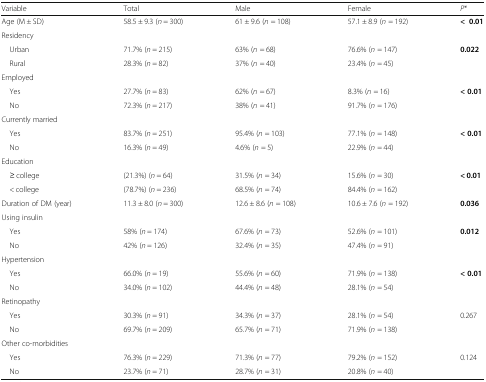
<table><thead><tr><td><b>Variable</b></td><td><b>Total</b></td><td><b>Male</b></td><td><b>Female</b></td><td><b><i>P</i>*</b></td></tr></thead><tbody><tr><td>Age (M ± SD)</td><td>58.5 ± 9.3 (<i>n</i> = 300)</td><td>61 ± 9.6 (<i>n</i> = 108)</td><td>57.1 ± 8.9 (<i>n</i> = 192)</td><td><b>&lt;0.01</b></td></tr><tr><td colspan="5">Residency</td></tr><tr><td> Urban</td><td>71.7% (<i>n</i> = 215)</td><td>63% (<i>n</i> = 68)</td><td>76.6% (<i>n</i> = 147)</td><td rowspan="2"><b>0.022</b></td></tr><tr><td> Rural</td><td>28.3% (<i>n</i> = 82)</td><td>37% (<i>n</i> = 40)</td><td>23.4% (<i>n</i> = 45)</td></tr><tr><td colspan="5">Employed</td></tr><tr><td> Yes</td><td>27.7% (<i>n</i> = 83)</td><td>62% (<i>n</i> = 67)</td><td>8.3% (<i>n</i> = 16)</td><td rowspan="2"><b>&lt; 0.01</b></td></tr><tr><td> No</td><td>72.3% (<i>n</i> = 217)</td><td>38% (<i>n</i> = 41)</td><td>91.7% (<i>n</i> = 176)</td></tr><tr><td colspan="5">Currently married</td></tr><tr><td> Yes</td><td>83.7% (<i>n</i> = 251)</td><td>95.4% (<i>n</i> = 103)</td><td>77.1% (<i>n</i> = 148)</td><td rowspan="2"><b>&lt; 0.01</b></td></tr><tr><td> No</td><td>16.3% (<i>n</i> = 49)</td><td>4.6% (<i>n</i> = 5)</td><td>22.9% (<i>n</i> = 44)</td></tr><tr><td colspan="5">Education</td></tr><tr><td> ≥ college</td><td>(21.3%) (<i>n</i> = 64)</td><td>31.5% (<i>n</i> = 34)</td><td>15.6% (<i>n</i> = 30)</td><td rowspan="2"><b>&lt; 0.01</b></td></tr><tr><td> &lt; college</td><td>(78.7%) (<i>n</i> = 236)</td><td>68.5% (<i>n</i> = 74)</td><td>84.4% (<i>n</i> = 162)</td></tr><tr><td>Duration of DM (year)</td><td>11.3 ± 8.0 (<i>n</i> = 300)</td><td>12.6 ± 8.6 (<i>n</i> = 108)</td><td>10.6 ± 7.6 (<i>n</i> = 192)</td><td><b>0.036</b></td></tr><tr><td colspan="5">Using insulin</td></tr><tr><td> Yes</td><td>58% (<i>n</i> = 174)</td><td>67.6% (<i>n</i> = 73)</td><td>52.6% (<i>n</i> = 101)</td><td rowspan="2"><b>0.012</b></td></tr><tr><td> No</td><td>42% (<i>n</i> = 126)</td><td>32.4% (<i>n</i> = 35)</td><td>47.4% (<i>n</i> = 91)</td></tr><tr><td colspan="5">Hypertension</td></tr><tr><td> Yes</td><td>66.0% (<i>n</i> = 19)</td><td>55.6% (<i>n</i> = 60)</td><td>71.9% (<i>n</i> = 138)</td><td rowspan="2"><b>&lt; 0.01</b></td></tr><tr><td> No</td><td>34.0% (<i>n</i> = 102)</td><td>44.4% (<i>n</i> = 48)</td><td>28.1% (<i>n</i> = 54)</td></tr><tr><td colspan="5">Retinopathy</td></tr><tr><td> Yes</td><td>30.3% (<i>n</i> = 91)</td><td>34.3% (<i>n</i> = 37)</td><td>28.1% (<i>n</i> = 54)</td><td rowspan="2">0.267</td></tr><tr><td> No</td><td>69.7% (<i>n</i> = 209)</td><td>65.7% (<i>n</i> = 71)</td><td>71.9% (<i>n</i> = 138)</td></tr><tr><td colspan="5">Other co-morbidities</td></tr><tr><td> Yes</td><td>76.3% (<i>n</i> = 229)</td><td>71.3% (<i>n</i> = 77)</td><td>79.2% (<i>n</i> = 152)</td><td rowspan="2">0.124</td></tr><tr><td> No</td><td>23.7% (<i>n</i> = 71)</td><td>28.7% (<i>n</i> = 31)</td><td>20.8% (<i>n</i> = 40)</td></tr></tbody></table>